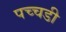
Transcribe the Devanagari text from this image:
पच्चडी